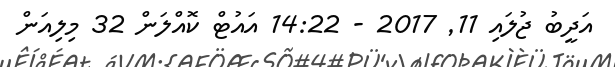
އަދީބު ޖުލައި 11